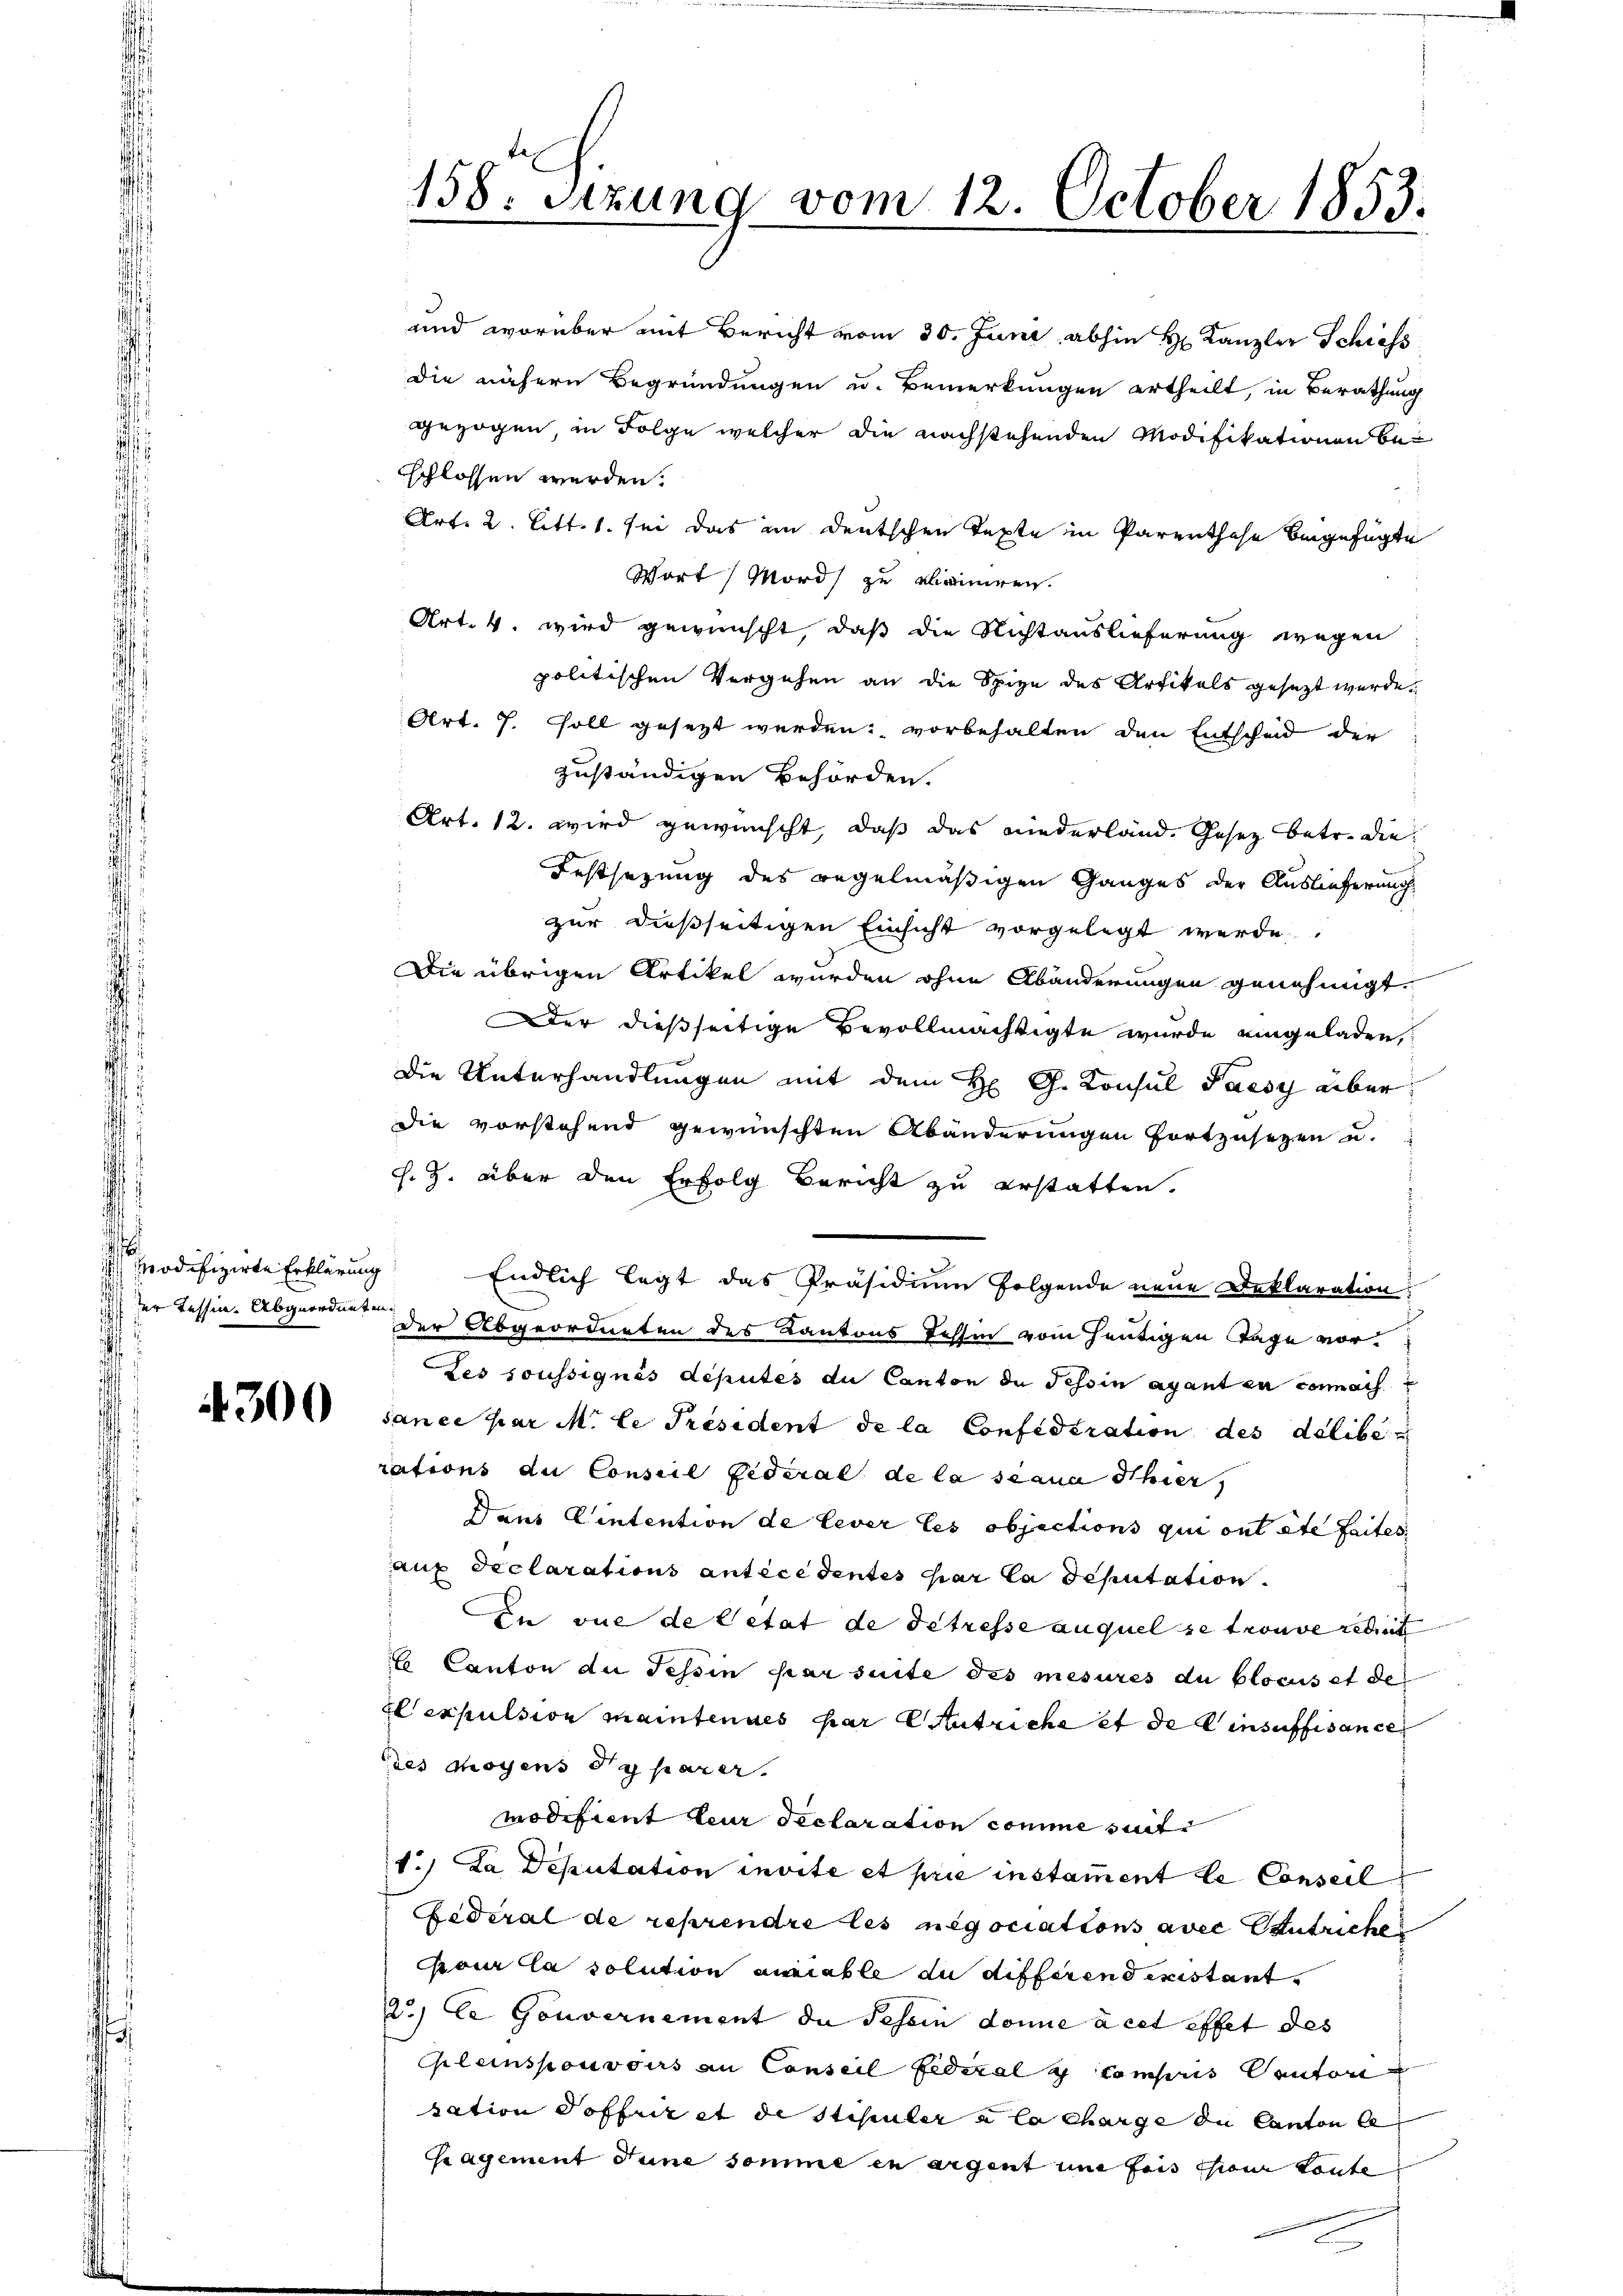
d
der Tessin Abgeordneten

4300

und worüber mit Bericht vom 30. Juni, abhin H. Kanzler Schiess
die nähern Begründungen u. Bemerkungen ertheilt, in Berathung
gezogen, in Folge welcher die nachstehenden Modifikationen bei
sschlossen werden.
Art. 2. litt. 1. sei das in deutschen Texte in Parenthahe beigefügte
Wort Mord zu eliminiren.
Art. 4. wird gewünscht, daß die Richtauslieferung wegen
politischen Vergehen an die Spize des Artikels gesezt werde.
Art. 7. Soll gesezt werden: vorbehalten den Entschad der
zuständigen Behörden.
Art. 12. wird gewünscht, daß das niederland. Gesetz betr. die
Festsezung des regelmäßigen Ganges der Auslieferung
zur dießseitigen Einsicht vorgelegt werde,
Die übrigen Artikel wurden ohne Abänderungen genehmigt.
Der dießseitige Bevollmächtigte wurde eingeladen,
Die Unterhandlungen mit dem H. G. Konsul Paesy über
die vorstehend gewünschten Abänderungen fortzusetzen u.
s. Z. über den Erfolg Bericht zu erstatten.
odifizirte Erklärung Endlich legt das Präsidium folgende neue Deklaration
der Abgeordneten des Kantons Jchhin vom heutigen Tage vor¬
Les soussignés deputés du Canton de Tessin ayant en connais
sance par M. Le Président de la Confideration des delibe
rations du Conseil fédéral de la scana Ithier,
Dans Eintention de lever les objections qui ont été faites,
auf declarations antecedentes par la deputation.
In vue de letat de detresse auquel se trouve redit
o Canton der Tessin par suite des mesures du blocus et de
expulsion maintenues par lutriche et der insuffisance
des moyens de parer.
modifient leur declaration comme seit
1.) Da Deputation invite et prie instament le Conseil
Federal de reprendre les negociations avec Centrichen
Pour la solution aviable zu differend existant.
2) le Gouvernement du Tessin donne à cet effet des
Gleinspouvoirs an Conseil Eidezalg compris Cantoni
sation Poffrir et de stipuler a la charge in Canton be
Hagement Sune somme in argent une feis sieur toute

158. Sizung vom 12. October 1853.